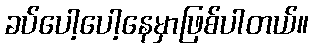
ခပ်ပေါ့ပေါ့နေမှာဖြစ်ပါတယ်။